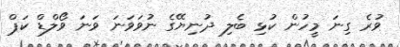
ވުރެ ގިނަ މީހުން ކުޅި ބެލި ދުނިޔޭގެ ނުވަވަނަ ވަނަ ވޯލްޑް ކަޕް